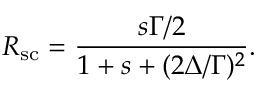
R _ { \mathrm { s c } } = \frac { s \Gamma / 2 } { 1 + s + ( 2 \Delta / \Gamma ) ^ { 2 } } .